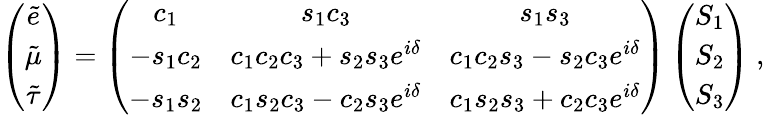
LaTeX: \left(\begin{array}{c}{{\tilde{e}}}\\ {{\tilde{\mu}}}\\ {{\tilde{\tau}}}\end{array}\right)=\left(\begin{array}{ccc}{{c_{1}}}&{{s_{1}c_{3}}}&{{s_{1}s_{3}}}\\ {{-s_{1}c_{2}}}&{{c_{1}c_{2}c_{3}+s_{2}s_{3}e^{i\delta}}}&{{c_{1}c_{2}s_{3}-s_{2}c_{3}e^{i\delta}}}\\ {{-s_{1}s_{2}}}&{{c_{1}s_{2}c_{3}-c_{2}s_{3}e^{i\delta}}}&{{c_{1}s_{2}s_{3}+c_{2}c_{3}e^{i\delta}}}\end{array}\right)\left(\begin{array}{c}{{S_{1}}}\\ {{S_{2}}}\\ {{S_{3}}}\end{array}\right)\ ,